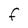
Character: F